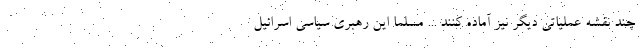
چند نقشه عملیاتی دیگر نیز آماده کنند ... مسلما این رهبری سیاسی اسرائیل